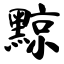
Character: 黥